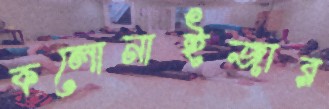
কলোনাইজার